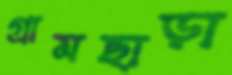
গ্রামছাড়া